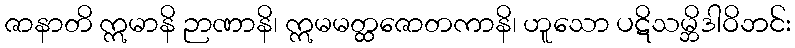
ဇာနာတိ ဣမာနိ ဉာဏာနိ၊ ဣမမတ္ထဇောတကာနိ၊ ဟူသော ပဋိသမ္ဘိဒါဝိဘင်း